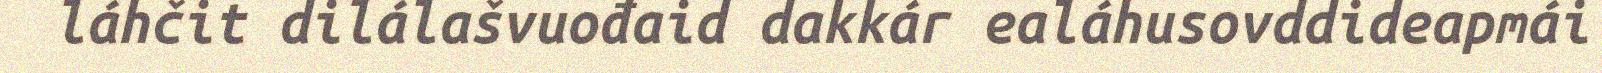
láhčit dilálašvuođaid dakkár ealáhusovddideapmái